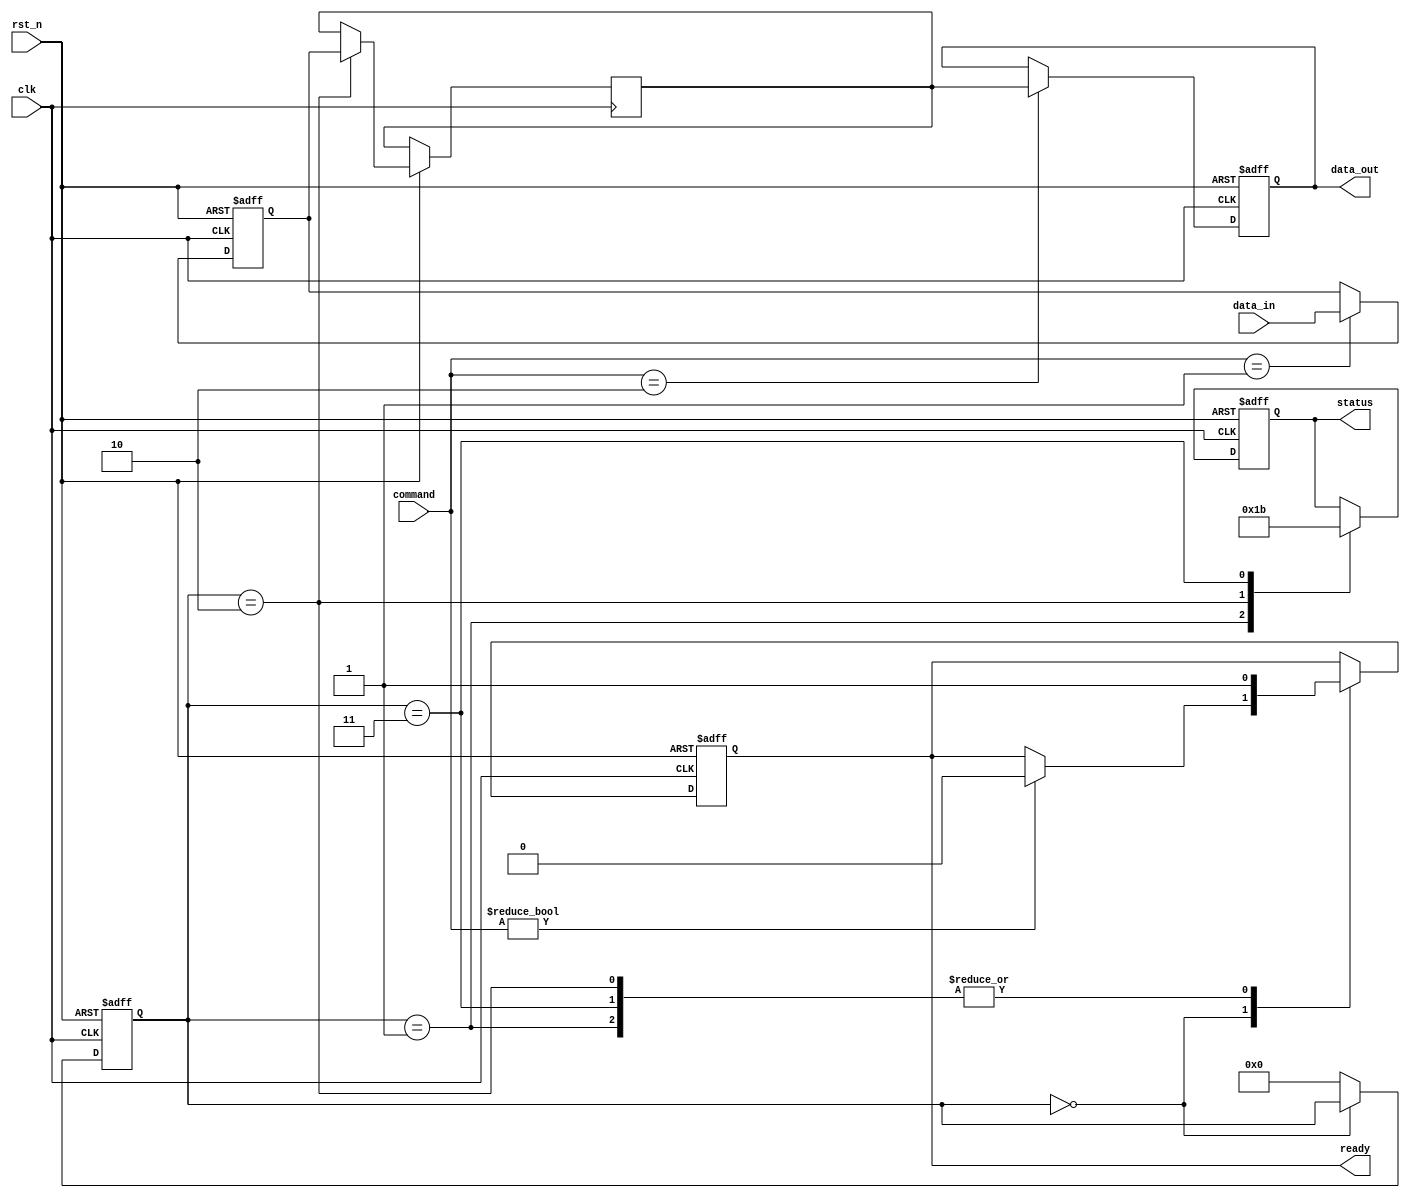
module tlc_nand_io (
    input wire clk,
    input wire rst_n,
    input wire [7:0] data_in,           // Data input from external source
    output wire [7:0] data_out,         // Data output to external interface
    input wire [3:0] command,            // Command input
    output reg [1:0] status,             // Status output
    output reg ready                     // Ready signal
);

// Internal signals
reg [7:0] input_buffer;
reg [7:0] output_buffer;
reg [7:0] memory_cells [0:255]; // Example memory array
reg [3:0] current_state;
reg [3:0] next_state;

// State definitions
localparam IDLE = 4'b0000,
           READ = 4'b0001,
           WRITE = 4'b0010,
           ERASE = 4'b0011;

// Input Buffer
always @(posedge clk or negedge rst_n) begin
    if (!rst_n) begin
        input_buffer <= 8'b0;
    end else if (command == 4'b0001) begin // Write command
        input_buffer <= data_in; // Store incoming data
    end
end

// Output Buffer
always @(posedge clk or negedge rst_n) begin
    if (!rst_n) begin
        output_buffer <= 8'b0;
    end else if (command == 4'b0010) begin // Read command
        output_buffer <= memory_cells[0]; // Example read from memory
    end
end

// Command Interface and State Machine
always @(posedge clk or negedge rst_n) begin
    if (!rst_n) begin
        current_state <= IDLE;
        status <= 2'b00;
        ready <= 1'b1;
    end else begin
        case (current_state)
            IDLE: begin
                if (command != 4'b0000) begin
                    ready <= 1'b0;
                    next_state <= (command == 4'b0001) ? WRITE :
                                  (command == 4'b0010) ? READ : ERASE;
                end
            end
            READ: begin
                // Perform read operation
                // Update status and move to IDLE
                status <= 2'b01; // Indicate read operation
                current_state <= IDLE;
                ready <= 1'b1;
            end
            WRITE: begin
                // Perform write operation
                memory_cells[0] <= input_buffer; // Example write to memory
                status <= 2'b10; // Indicate write operation
                current_state <= IDLE;
                ready <= 1'b1;
            end
            ERASE: begin
                // Perform erase operation
                // Update status and move to IDLE
                status <= 2'b11; // Indicate erase operation
                current_state <= IDLE;
                ready <= 1'b1;
            end
            default: current_state <= IDLE;
        endcase
    end
end

// Timing Control (simplified)
always @(posedge clk) begin
    // Timing control logic can be added here
end

// Power Management (simplified)
always @(posedge clk) begin
    // Power management logic can be added here
end

// Error Handling (simplified)
always @(posedge clk) begin
    // Error handling logic can be added here
end

// Signal Conditioning (simplified)
always @(posedge clk) begin
    // Signal conditioning logic can be added here
end

// Output assignment
assign data_out = output_buffer;

endmodule